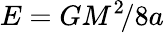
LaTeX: E=GM^{2}\! /8a